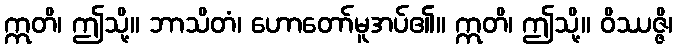
ဣတိ၊ ဤသို့။ ဘာသိတံ၊ ဟောတော်မူအပ်၏။ ဣတိ၊ ဤသို့။ ဝိဿဇ္ဇိ၊